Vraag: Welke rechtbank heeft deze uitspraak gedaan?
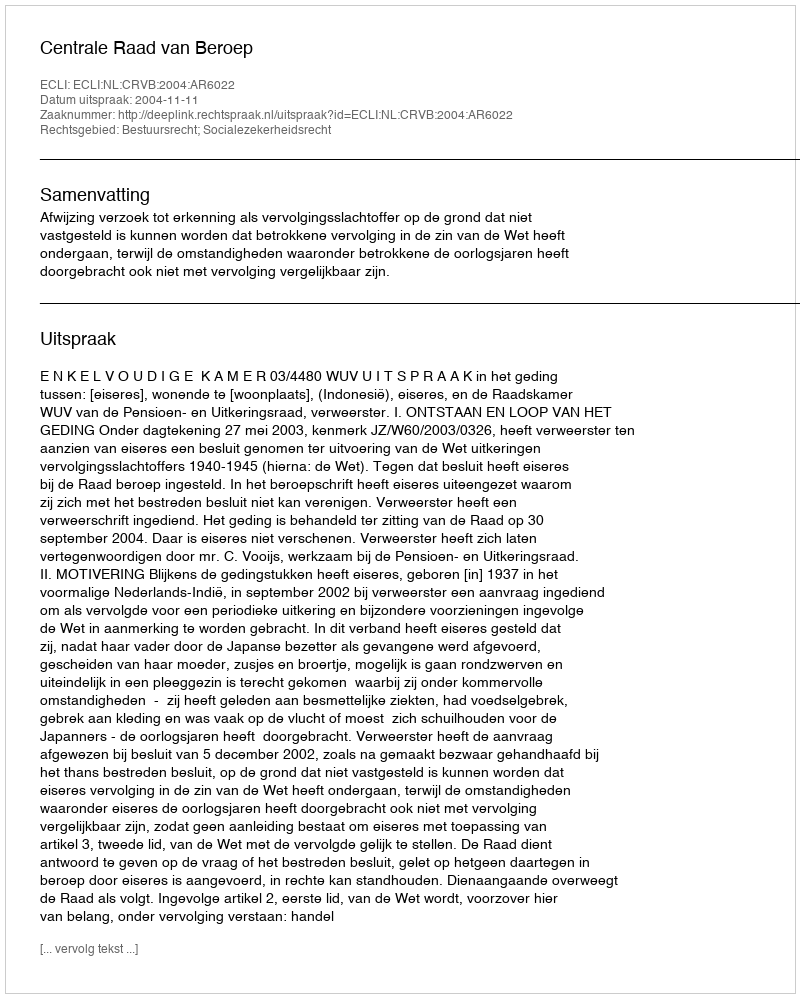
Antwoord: Centrale Raad van Beroep